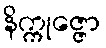
နိက္ကုဇ္ဇော